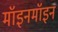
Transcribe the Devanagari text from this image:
मॉइनमॉइन